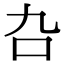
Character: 叴